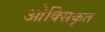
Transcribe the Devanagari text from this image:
ओक्सिकृत